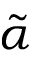
\tilde { \alpha }